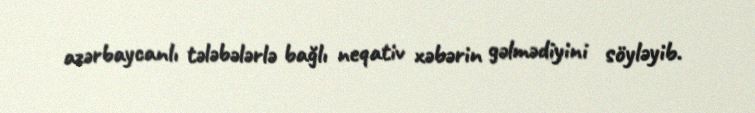
azərbaycanlı tələbələrlə bağlı neqativ xəbərin gəlmədiyini söyləyib.